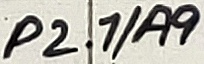
Text: P2.1/A9